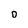
Character: o